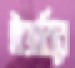
ইঞ্জাবিরে